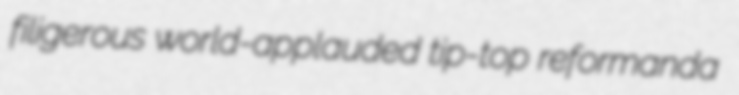
filigerous world-applauded tip-top reformanda